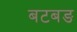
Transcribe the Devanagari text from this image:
बटबङ